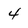
Character: 4